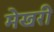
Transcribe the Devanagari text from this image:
मेखरी